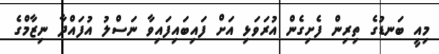
މިއީ ބަނޑުގެ ތިރިން ފެށިގެން އުރަވަޅި އަށް ފައިބައިފައިވާ ނަސްލު އުފައްދާ ނިޒާމްގެ